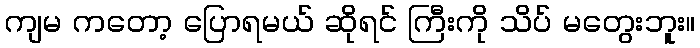
ကျမ ကတော့ ပြောရမယ် ဆိုရင် ကြီးကို သိပ် မတွေးဘူး။